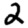
Digit: 2